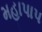
મહાપાપ